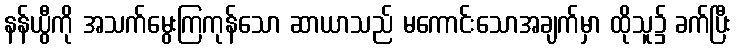
နန်ယွီကို အသက်မွေးကြကုန်သော ဆာယာသည် မကောင်းသောအချက်မှာ ထိုသူ၌ ခက်ပြီး